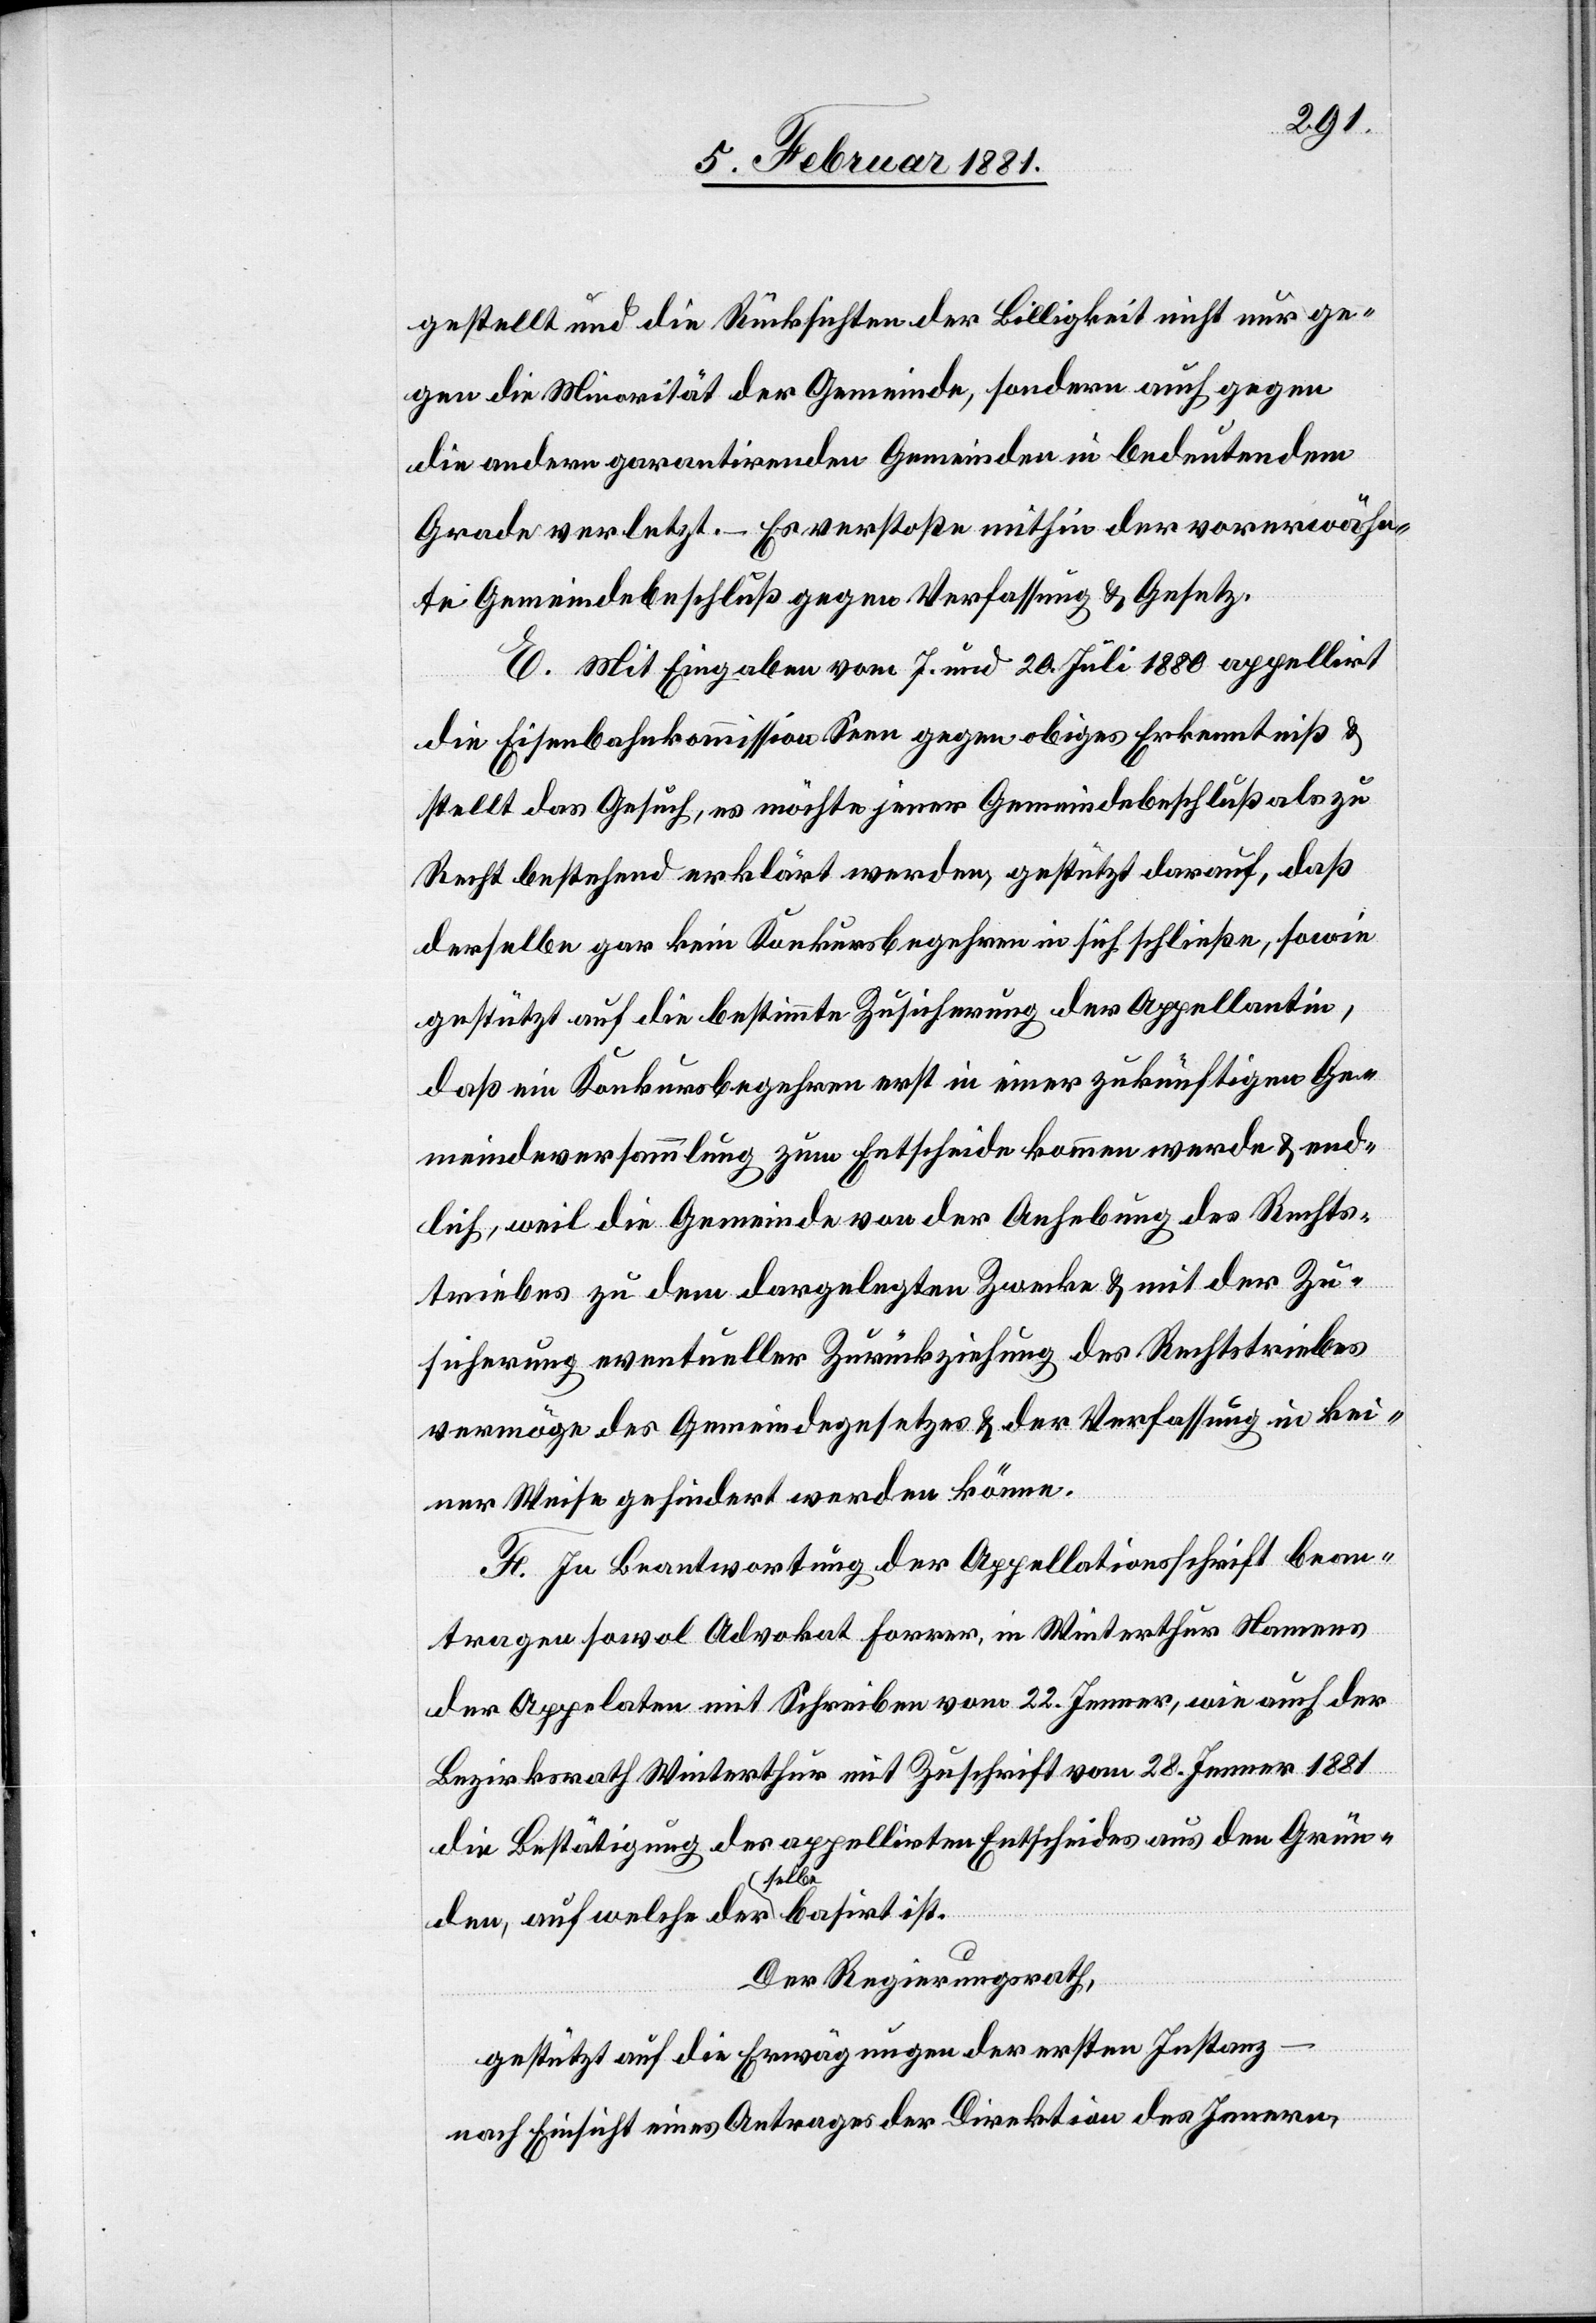
gestellt und die Rücksichten der Billigkeit nicht nur ge¬
gen die Minorität der Gemeinde, sondern auch gegen
die andern garantirenden Gemeinden in bedeutendem
Grade verletzt. – Es verstoße mithin der vorerwähn¬
te Gemeindebeschluß gegen Verfassung & Gesetz.
E. Mit Eingaben vom 7. und 20. Juli 1880 appellirt
die Eisenbahnkommission Seen gegen obiges Erkenntniß &
stellt das Gesuch, es möchte jener Gemeindebeschluß als zu
Recht bestehend erklärt werden, gestützt darauf, daß
derselbe gar kein Konkursbegehren in sich schließe, sowie
gestützt auf die bestimmte Zusicherung der Appellantin,
daß ein Konkursbegehren erst in einer zukünftigen Ge¬
meindeversammlung zum Entscheide kommen werde & end¬
lich, weil die Gemeinde von der Anhebung des Rechts¬
triebes zu dem dargelegten Zwecke & mit der Zu¬
sicherung eventueller Zurückziehung des Rechtstriebes
vermöge des Gemeindegesetzes & der Verfassung in kei¬
ner Weise gehindert werden könne.
F. In Beantwortung der Appellationsschrift bean¬
tragen sowol Advokat Forrer, in Winterthur Namens
der Appelaten mit Schreiben vom 22. Jenner, wie auch der
Bezirksrath Winterthur mit Zuschrift vom 28. Jenner1881
die Bestätigung des appellirten Entscheides aus den Grün¬
den, auf welche derselbe basirt ist.
Der Regierungsrath,
gestützt auf die Erwägungen der ersten Instanz
nach Einsicht eines Antrages der Direktion des Innern,